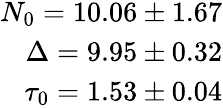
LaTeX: \begin{array}{r}{N_{0}=10.06\pm 1.67}\\ {\Delta=9.95\pm 0.32}\\ {\tau_{0}=1.53\pm 0.04}\end{array}